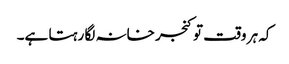
کہ ہر وقت تو کنجر خانہ لگا رہتا ہے۔